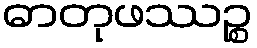
ဓာတုဖဿဉ္စ